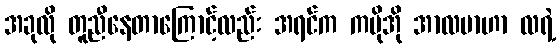
အခုလို တူညီနေတာကြောင့်လည်း အရင်က ကမိုအို အာလဗာဟာ လရဲ့